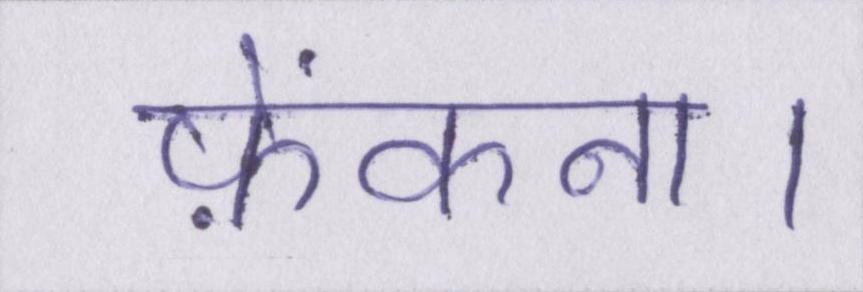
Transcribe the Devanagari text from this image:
फ़ेंकना।